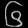
Digit: ၆